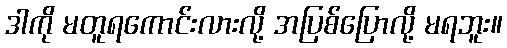
ဒါကို မတူရကောင်းလားလို့ အပြစ်ပြောလို့ မရဘူး။